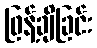
ဖြန့်ချိခြင်း